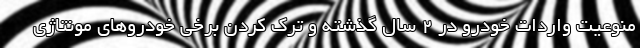
منوعیت واردات خودرو در 2 سال گذشته و ترک کردن برخی خودروهای مونتاژی